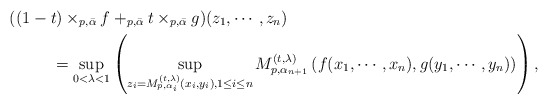
\begin{align*} &\!\!\!\!\!\!\!\!\!\!\!\!\!\!\!((1-t)\times_{p,\bar{\alpha}}f+_{p,\bar{\alpha}}t\times_{p,\bar{\alpha}}g) (z_1,\cdots, z_n)\\ &=\sup_{0<\lambda<1}\left( \sup_{z_i=M_{p,\alpha_i}^{(t,\lambda)}(x_i,y_i), 1\leq i\leq n} M_{p,\alpha_{n+1}}^{(t,\lambda)}\left(f(x_1,\cdots, x_n), g(y_1,\cdots, y_n)\right)\right), \end{align*}